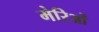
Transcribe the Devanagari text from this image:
मेरिओं